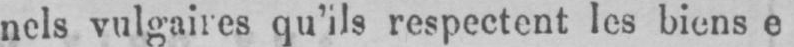
nels vulgaires qu’ils respectent les biens e